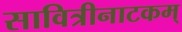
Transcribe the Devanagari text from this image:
सावित्रीनाटकम्